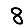
Digit: 8